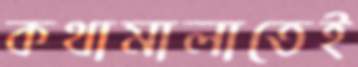
কথামালাতেই